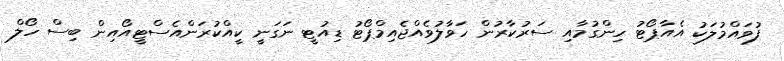
ފުވައްމުލަކު އެއާޕޯޓު ހިންގުމާއި ސަރުކާރުން ހަވާލުވެއްޖެއިމްޕޯޓު ޑިއުޓީ ނަގަނީ ކީއްކުރަންއެސްޓީއޯއިން ބިސް ހޯލް